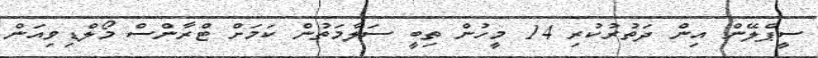
ސީޕްލޭން އިން ދަތުުރުކުރި 14 މީހުން ތިބީ ސަލާމަތުން ކަމަށް ޓްރާންސް މޯލްޑިވިއަން